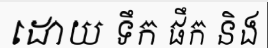
ដោយ ទឹក ផឹក និង